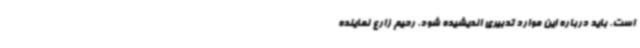
است. باید درباره این موارد تدبیری اندیشیده شود. رحیم زارع نماینده